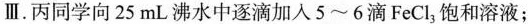
Ⅲ.丙同学向25mL沸水中逐滴加入5~6滴FeCl_{3}饱和溶液；